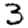
Digit: 3